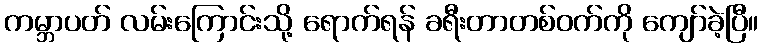
ကမ္ဘာပတ် လမ်းကြောင်းသို့ ရောက်ရန် ခရီးတာတစ်ဝက်ကို ကျော်ခဲ့ပြီ။